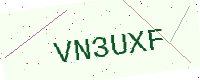
Text: VN3UXF